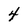
Character: 4